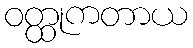
ဝတ္ထုကတာယ